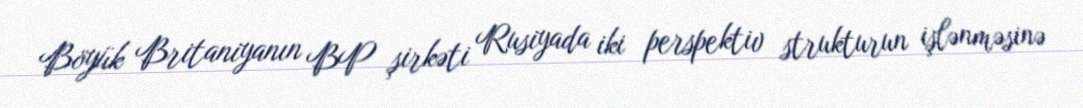
Böyük Britaniyanın BP şirkəti Rusiyada iki perspektiv strukturun işlənməsinə